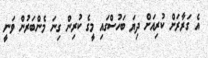
އެ ގަރާރަށް ކުރިއަށް ދިޔަ ބަހުސްގައި މީގެ ކުރިން ގިނަ މެންބަރުން ވަނީ